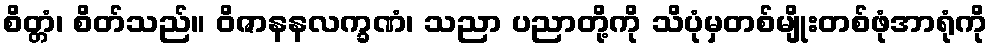
စိတ္တံ၊ စိတ်သည်။ ဝိဇာနနလက္ခဏံ၊ သညာ ပညာတို့ကို သိပုံမှတစ်မျိုးတစ်ဖုံအာရုံကို